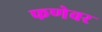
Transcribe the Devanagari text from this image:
फणेवर